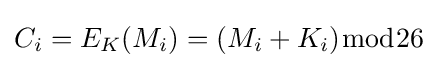
C_{i}=E_{K}(M_{i})=(M_{i}+K_{i}){\bmod {2}}6